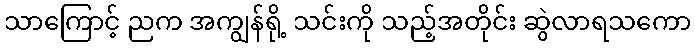
သာကြောင့် ညက အကျွန်ရို့ သင်းကို သည့်အတိုင်း ဆွဲလာရသကော